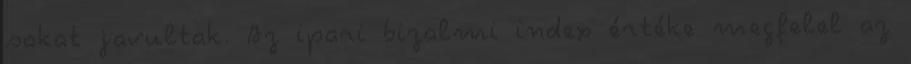
sokat javultak. Az ipari bizalmi index értéke megfelel az